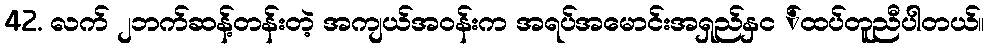
42. လက် ၂ဘက်ဆန့်တန်းတဲ့ အကျယ်အဝန်းက အရပ်အမောင်းအရှည်နှင ်ထပ်တူညီပါတယ်။